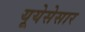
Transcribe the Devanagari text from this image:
यूयेसेसार